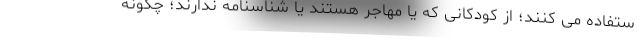
ستفاده می کنند؛ از کودکانی که یا مهاجر هستند یا شناسنامه ندارند؛ چگونه